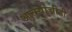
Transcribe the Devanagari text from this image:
आत्म्याचीही